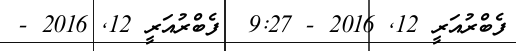
ފެބްރުއަރީ 12